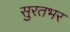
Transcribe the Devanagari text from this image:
सुरतभर